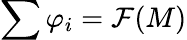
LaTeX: \sum\varphi_{i}=\mathcal{F}(M)